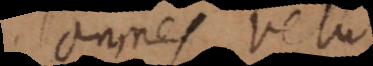
omnes velut